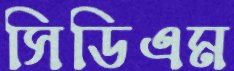
সিডিএম